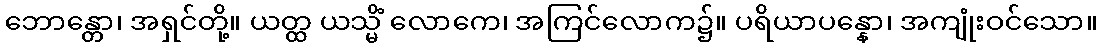
ဘောန္တော၊ အရှင်တို့။ ယတ္ထ ယသ္မိံ လောကေ၊ အကြင်လောက၌။ ပရိယာပန္နော၊ အကျုံးဝင်သော။